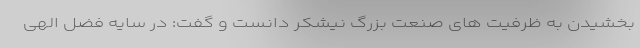
بخشیدن به ظرفیت های صنعت بزرگ نیشکر دانست و گفت: در سایه فضل الهی